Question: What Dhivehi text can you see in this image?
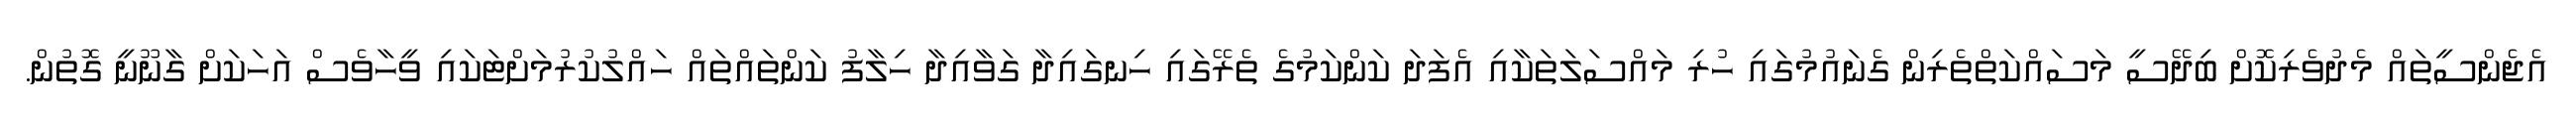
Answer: އެޖެންސީތައް މެދުވެރިކޮށް ބިދޭސީ މަސައްކަތްތެރިން ގެނައުމުގައި ހުރި މައްސަލަތަކާއި އެފަދަ ކަންކަމުގެ ތެރޭގައި ހިނގައިދާ ގަވާއިދާ ހިލާފު ކަންތައްތައް ހައްލުކުރުމަށްޓަކައި ވީހާވެސް އަހަކަށް ގާނޫނީ ގޮތުން.